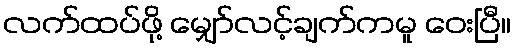
လက်ထပ်ဖို့ မျှော်လင့်ချက်ကမူ ဝေးပြီ။